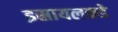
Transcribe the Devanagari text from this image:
इस्रायलकडे